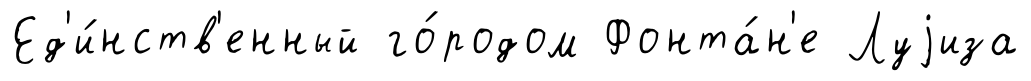
Ед'и́нств'енный го́родом Фонта́н'е Луjиза